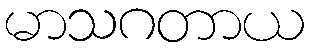
မာသဂတာယ